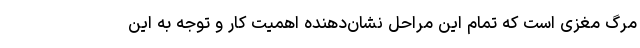
مرگ مغزی است که تمام این مراحل نشان‌دهنده اهمیت کار و توجه به این